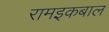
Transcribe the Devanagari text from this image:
रामइकबाल